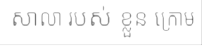
សាលា របស់ ខ្លួន ក្រោម